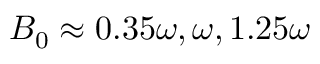
B _ { 0 } \approx 0 . 3 5 \omega , \omega , 1 . 2 5 \omega